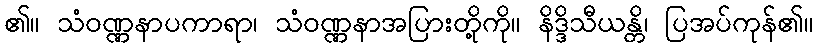
၏။ သံဝဏ္ဏနာပကာရာ၊ သံဝဏ္ဏနာအပြားတို့ကို။ နိဒ္ဒိသီယန္တိ၊ ပြအပ်ကုန်၏။